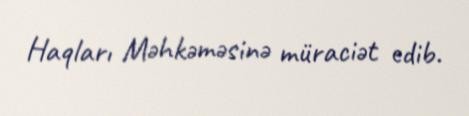
Haqları Məhkəməsinə müraciət edib.